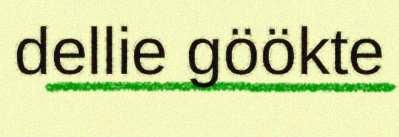
dellie göökte